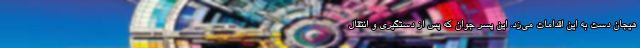
هیجان دست به این اقدامات می‌زد. این پسر جوان که پس از دستگیری و انتقال